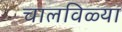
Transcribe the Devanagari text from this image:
चालविळ्या